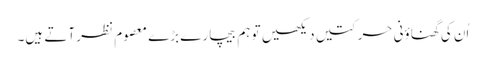
اُن کی گھناؤنی حرکتیں دیکھیں تو ہم بیچارے بڑے معصوم نظر آتے ہیں۔